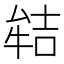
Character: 𭷬